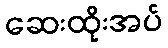
ဆေးထိုးအပ်